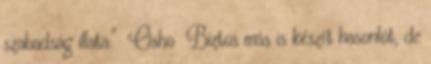
szabadság illata." Osho Biztos más is készít hasonlót, de